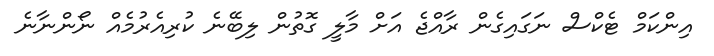
އިންކަމް ޓެކްސް ނަގައިގެން ރާއްޖެ އަށް މާލީ ގޮތުން ލިބޭނެ ކުރިއެރުމެއް ނޯންނާނެ